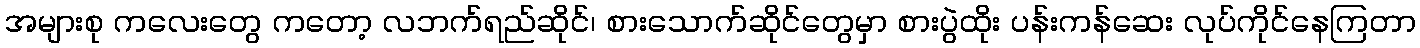
အများစု ကလေးတွေ ကတော့ လဘက်ရည်ဆိုင်၊ စားသောက်ဆိုင်တွေမှာ စားပွဲထိုး ပန်းကန်ဆေး လုပ်ကိုင်နေကြတာ